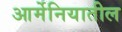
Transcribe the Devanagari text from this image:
आर्मेनियातील